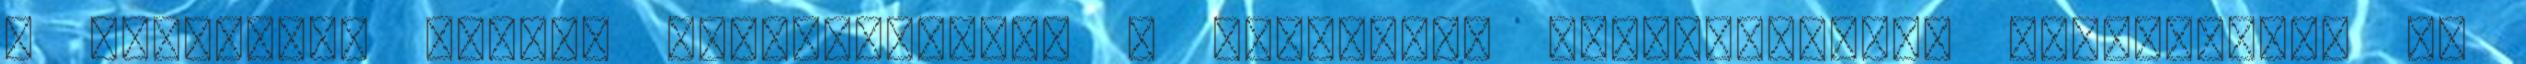
a genetikai szintű beavatkozások a gyógyítás szempontjából ígéretesek, de